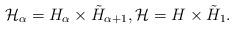
LaTeX: \begin{align*} {\mathcal H}_{\alpha} = H_{\alpha} \times \tilde H_{\alpha + 1}, {\mathcal H} = H \times \tilde H_{1}.\end{align*}